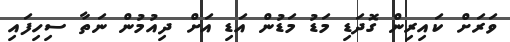
ވަރަށް ކައިރިން ގޮދަޑި މަޑު މަޑުން އަޑި އަށް ދިއުމުން ނަތާ ސިހިފައި